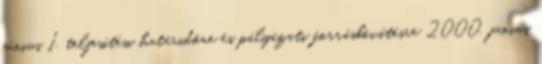
június 1. teljesítési határidőre és pályázati forrásbővítésre 2000. június